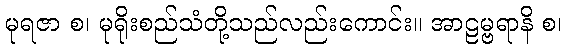
မုရဇာ စ၊ မုရိုးစည်သံတို့သည်လည်းကောင်း။ အာဠမ္ဗရာနိ စ၊